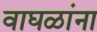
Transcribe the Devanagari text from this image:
वाघळांना